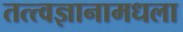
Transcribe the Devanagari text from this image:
तत्त्वज्ञानामधला